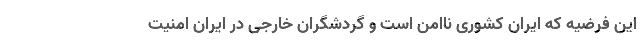
این فرضیه که ایران کشوری ناامن است و گردشگران خارجی در ایران امنیت